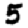
Digit: 5